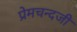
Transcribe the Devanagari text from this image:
प्रेमचन्दजी